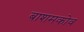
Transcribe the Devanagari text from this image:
बाशमकोव